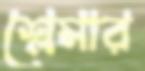
শ্লেমার